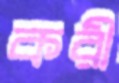
করী